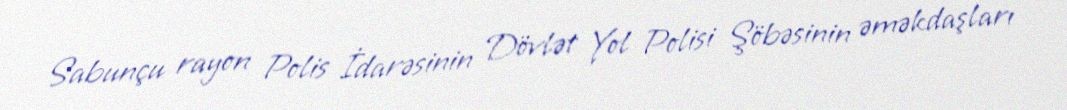
Sabunçu rayon Polis İdarəsinin Dövlət Yol Polisi Şöbəsinin əməkdaşları